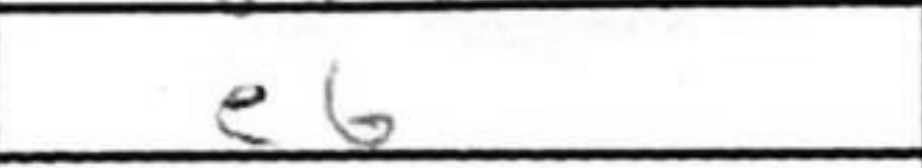
Transcription: Bb4